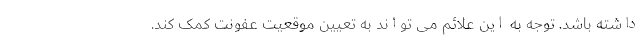
داشته باشد. توجه به این علائم می تواند به تعیین موقعیت عفونت کمک کند.